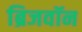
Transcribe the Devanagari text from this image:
ब्रिजवॉन